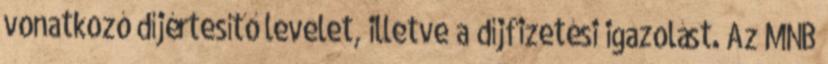
vonatkozó díjértesítő levelet, illetve a díjfizetési igazolást. Az MNB